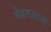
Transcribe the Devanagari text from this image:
मेहमआनो